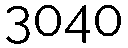
3040